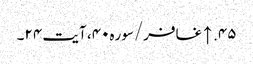
۴۵. ↑ غافر/سوره۴۰، آیت ۲۴۔